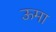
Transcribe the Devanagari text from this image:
ऊमा